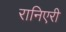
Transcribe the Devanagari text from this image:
रानिएरी